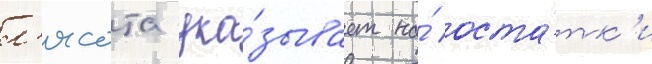
л'ясота ука́зывает на́ оста́тк'и